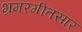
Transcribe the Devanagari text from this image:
भ्रमरगीतसार